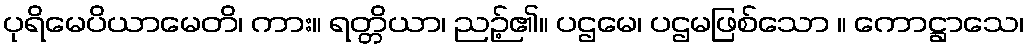
ပုရိမေပိယာမေတိ၊ ကား။ ရတ္တိယာ၊ ညဉ့်၏။ ပဌမေ၊ ပဌမဖြစ်သော ။ ကောဋ္ဌာသေ၊